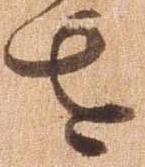
を